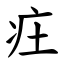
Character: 㽵